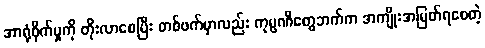
အာရုံစိုက်မှုကို တိုးလာစေပြီး တစ်ဖက်မှာလည်း ကုမ္ပဏီတွေဘက်က အကျိုးအမြတ်ရစေတဲ့